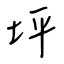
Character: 坪